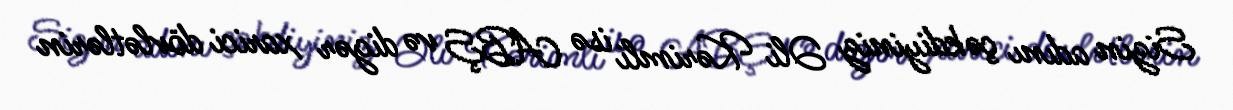
Sizin adını çəkdiyiniz Əli Kərimli isə ABŞ və digər xarici dövlətlərin